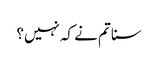
سنا تم نے کہ نہیں؟